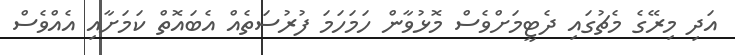
އަދި މިރޭގެ މެޗުގައި ދެޓީމަށްވެސް މޮޅުވާން ހަމަހަމަ ފުރުސަތެއް އެބައޮތް ކަމަށާއި އެއްވެސް